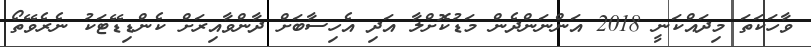
ވާހަކަތަ މިދައްކަނީ 2018 އަންނަންދެން މަޑުކޮށްލާ އަދި އެހިސާބަށް ދާންވާއިރަށް ކެންޑިޑޭޓަކު ނެރެވޭތޯ